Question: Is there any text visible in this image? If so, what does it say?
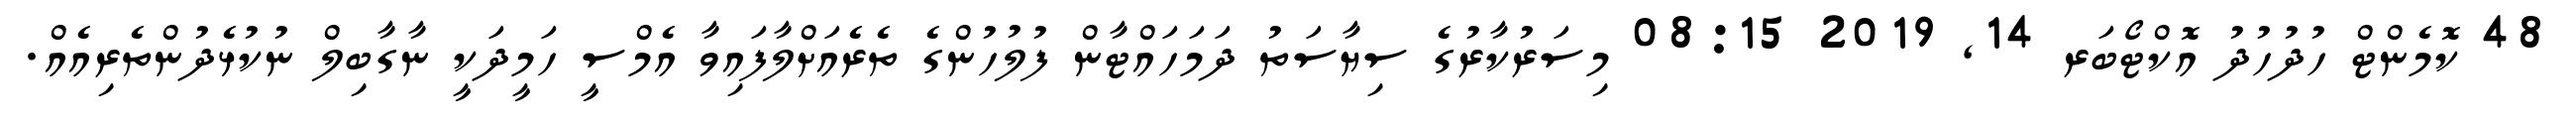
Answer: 48 ކޮމެންޓް ހުދުހުދު އޮކްޓޯބަރ 14, 2019 08:15 މިސަރުކާރުގެ ސިޔާސަތު ދަމަހައްޓާން ފުލުހުންގެ ތެރެއަށްލާފައިވާ އެމްސީ ހަމީދަކީ ނާގާބިލް ނުކުޅެދުންތެރިއެއް.